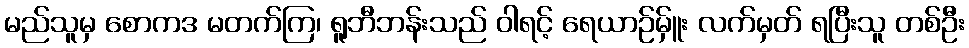
မည်သူမှ စောကဒ မတက်ကြ၊ ရူဘီဘန်းသည် ဝါရင့် ရေယာဉ်မ်ှူး လက်မှတ် ရပြီးသူ တစ်ဦး